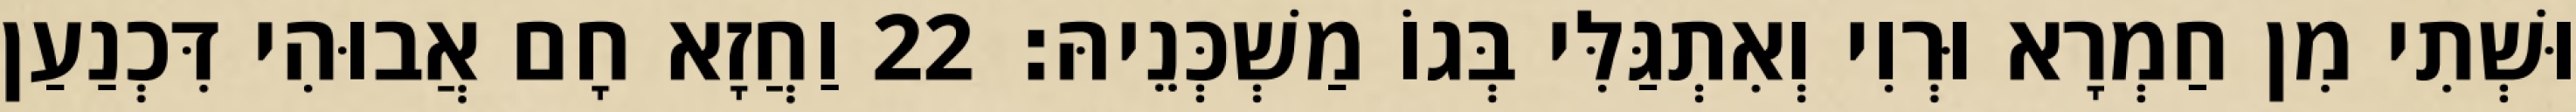
וּשְׁתִי מִן חַמְרָא וּרְוִי וְאִתְגַּלִּי בְּגוֹ מַשְׁכְּנֵיהּ׃ 22 וַחֲזָא חָם אֲבוּהִי דִּכְנַעַן